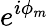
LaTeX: e^{i\phi_{m}}